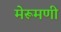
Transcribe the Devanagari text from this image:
मेरूमणी